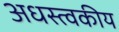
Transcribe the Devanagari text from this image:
अधस्त्वकीय